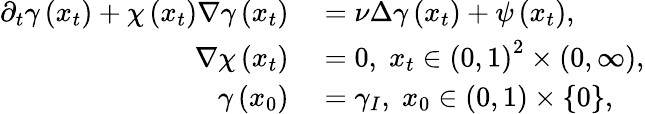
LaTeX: \begin{array}{rl}{\partial_{t}\gamma\left(x_{t}\right)+\chi\left(x_{t}\right)\nabla\gamma\left(x_{t}\right)}&{{}=\nu\Delta\gamma\left(x_{t}\right)+\psi\left(x_{t}\right),}\\ {\nabla\chi\left(x_{t}\right)}&{{}=0,\; x_{t}\in\left(0,1\right)^{2}\times\left(0,\infty\right),}\\ {\gamma\left(x_{0}\right)}&{{}=\gamma_{I},\; x_{0}\in\left(0,1\right)\times\{ 0\} ,}\end{array}